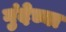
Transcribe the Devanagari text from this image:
गुंदेच्या